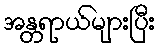
အန္တရာယ်များပြီး